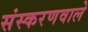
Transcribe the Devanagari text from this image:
संस्करणवाले